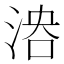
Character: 𣶤